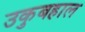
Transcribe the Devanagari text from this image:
उकुबहाल